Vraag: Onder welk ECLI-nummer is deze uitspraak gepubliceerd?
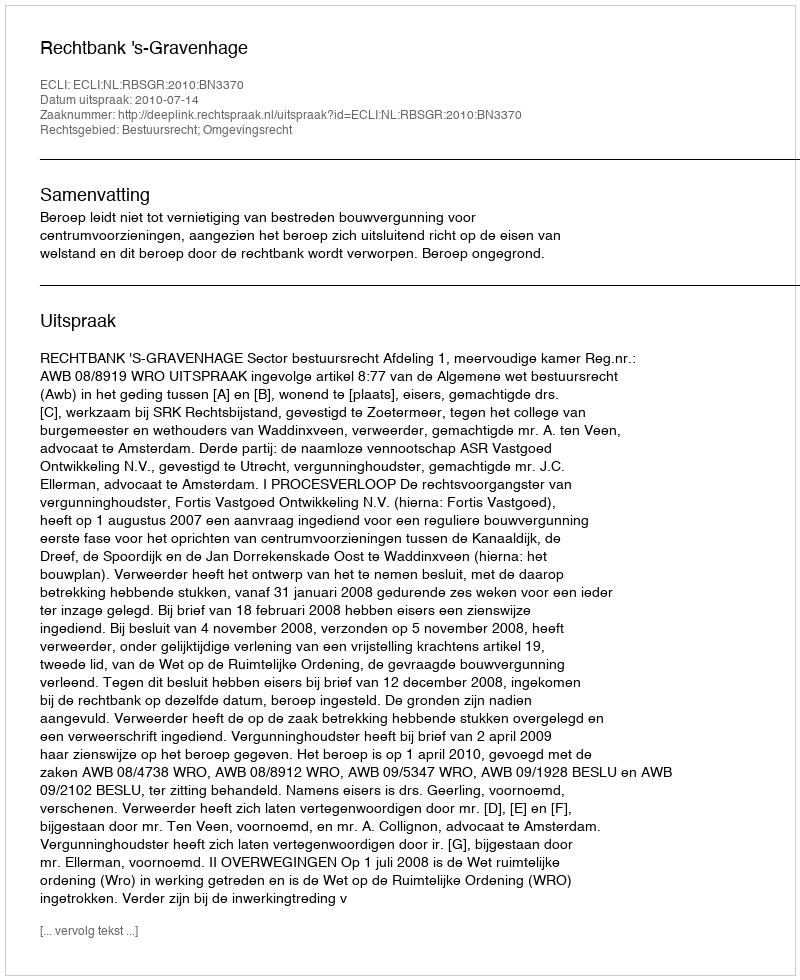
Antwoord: ECLI:NL:RBSGR:2010:BN3370